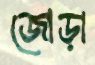
জোড়া